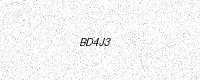
Text: BD4J3